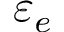
\varepsilon _ { e }